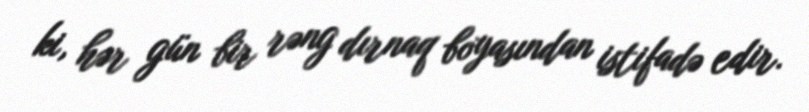
ki, hər gün bir rəng dırnaq boyasından istifadə edir.